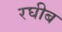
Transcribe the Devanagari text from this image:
रघीब